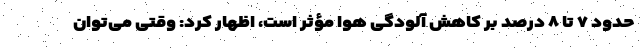
حدود ۷ تا ۸ درصد بر کاهش آلودگی هوا مؤثر است، اظهار کرد: وقتی می‌توان